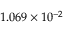
1 . 0 6 9 \times 1 0 ^ { - 2 }